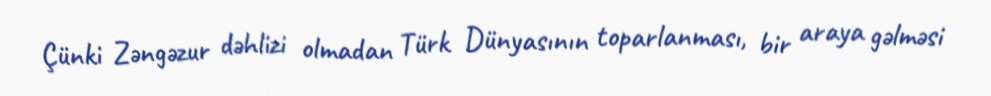
Çünki Zəngəzur dəhlizi olmadan Türk Dünyasının toparlanması, bir araya gəlməsi